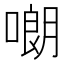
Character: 𠻴